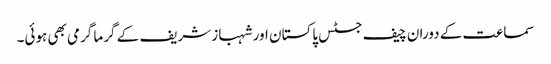
سماعت کے دوران چیف جسٹس پاکستان اور شہباز شریف کے گرما گرمی بھی ہوئی۔